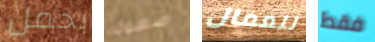
بحمل صعوبه للعمال فقط